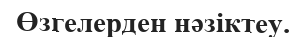
Өзгелерден нәзіктеу.